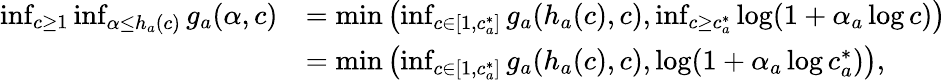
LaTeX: \begin{array}{rl}{\operatorname*{inf}_{c\geq 1}\operatorname*{inf}_{\alpha\leq h_{a}(c)}g_{a}(\alpha,c)}&{=\operatorname*{min}\left(\operatorname*{inf}_{c\in[1,c_{a}^{*}]}g_{a}(h_{a}(c),c),\operatorname*{inf}_{c\geq c_{a}^{*}}\log(1+\alpha_{a}\log c)\right)}\\ &{=\operatorname*{min}\left(\operatorname*{inf}_{c\in[1,c_{a}^{*}]}g_{a}(h_{a}(c),c),\log(1+\alpha_{a}\log c_{a}^{*})\right),}\end{array}